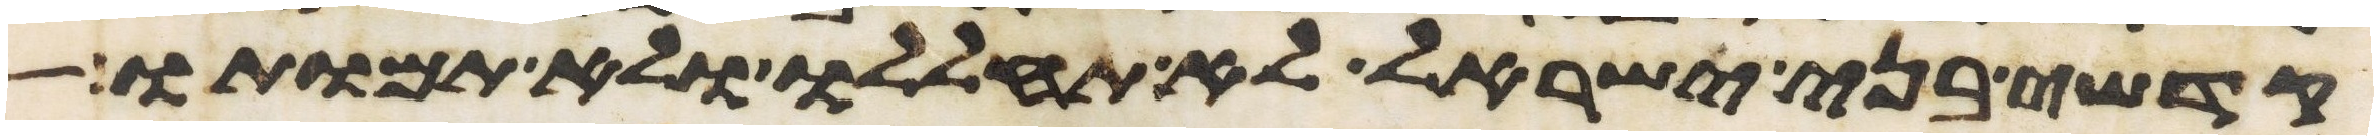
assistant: קדשי בני ישראל לא תחללו ולא תמותו